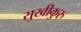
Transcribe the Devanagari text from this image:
सुखीकुरु